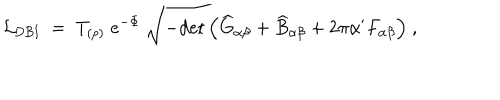
{ \cal L } _ { \mathrm { D B I } } \; = \; T _ { ( p ) } \; e ^ { - \Phi } \; \sqrt { - \mathrm { d e t } \left( { \widehat G } _ { \alpha \beta } + { \widehat B } _ { \alpha \beta } + 2 \pi \alpha ^ { \prime } F _ { \alpha \beta } \right) } \ ,